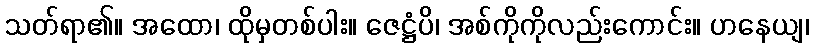
သတ်ရာ၏။ အထော၊ ထိုမှတစ်ပါး။ ဇေဋ္ဌံပိ၊ အစ်ကိုကိုလည်းကောင်း။ ဟနေယျ၊